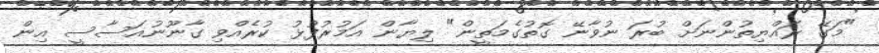
"މަގޭ ރައްޔިތުންނަށް ބުރަ ނުވާނޭ ގޮތުގެމަތީން" ލިޔާން އަމުރުފުޅު ކުރެއްވި ގާނޫނުއަސާސީ އިން